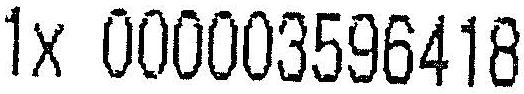
1X 000003596418